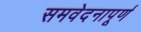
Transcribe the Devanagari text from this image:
समवेदनापूर्ण